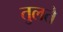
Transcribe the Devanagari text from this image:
तुलते